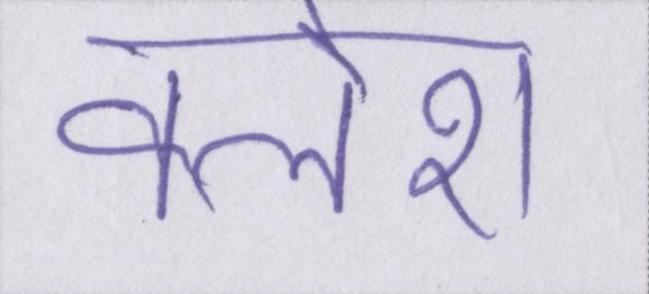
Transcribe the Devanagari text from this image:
क्लेश